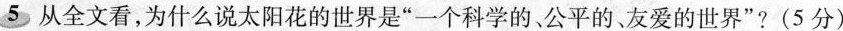
5从全文看，为什么说太阳花的世界是”一个科学的，公平的友爱的世界”?(5分)